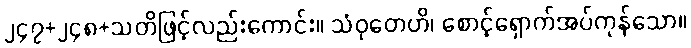
၂၄၇+၂၄၈+သတိဖြင့်လည်းကောင်း။ သံဝုတေဟိ၊ စောင့်ရှောက်အပ်ကုန်သော။